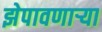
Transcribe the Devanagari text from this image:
झेपावणाऱ्या